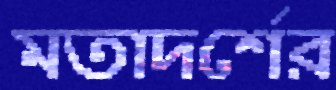
মতাদর্শের